Report on the Civil Veterinary Department, Eastern Bengal and Assam - 1907-1911
Year: 1907
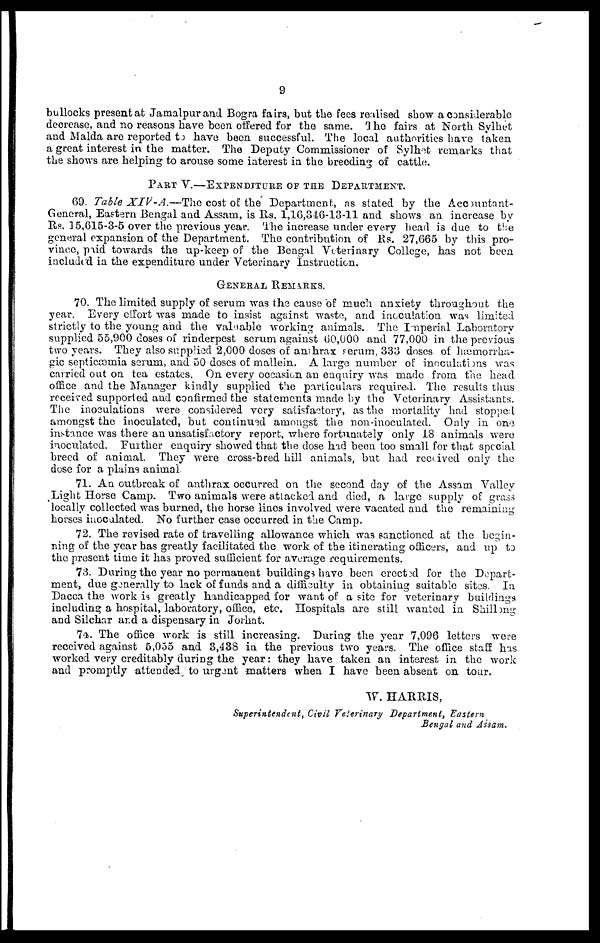
9
bullocks present at Jamalpur and Bogra fairs, but the fees realised show a considerable
decrease, and no reasons have been offered for the same. The fairs at North Sylhet
and Malda are reported to have been successful. The local authorities have taken
a great interest in. the matter. The Deputy Commissioner of Sylhet remarks that
the shows are helping to arouse some interest in the breeding of cattle.
PART V.—EXPENDITURE OF THE DEPARTMENT.
69. Table XIV-A.—The
cost of the Department, as stated by the Acountant-
General, Eastern Bengal and Assam, is Rs. 1,16,346-13-11 and shows an increase by
Its. 15,615-3-5 over the previous year. The increase under every head is due to the
general expansion of the Department. The contribution of Rs. 27,665 by this pro-
vince, paid towards the up-keep of the Bengal Veterinary College, has not been
included in the expenditure under Veterinary Instruction.
GENERAL REMARKS.
70. The limited supply of serum was the cause of much anxiety throughout the
year. Every offort was made to insist against waste, and inoculation was limited
strictly to the young and the valuable working animals. The Imperial Laboratory
supplied 55,900 doses of rinderpest serum against 60,000 and 77,000 in the previous
two years. They also supplied 2,000 doses of anthrax serum, 333 doses of hæmorrha-
gic septicæmia serum, and 50 doses of mallein. A largo number of inoculations was
carried out on tea estates. On every occasion an enquiry was made from the head
office and the Manager kindly supplied the particulars required. The results thus
received supported and confirmed the statements made by the Veterinary Assistants.
The inoculations were considered very satisfactory, as the mortality had stopped
amongst the inoculated, but continu3d amongst the non-inoculated. Only in one
instance was there an unsatisfactory report, where fortunately only 18 animals were
inoculated. Further enquiry showed that the dose had been too small for that special
breed of animal. They were cross-bred hill animals, but had received only the
dose for a plains animal
71. An outbreak of anthrax occurred on the second day of the Assam Valley
Light Horse Camp. Two animals were attacked and died, a large supply of grass
locally collected was burned, the horse lines involved were vacated and the remaining
horses inoculated. No further case occurred in the Camp.
72. The revised rate of travelling allowance which was sanctioned at the begin-
ning of the year has greatly facilitated the work of the itinerating officers, and up to
the present time it has proved sufficient for average requirements.
73. During the year no permanent buildings have been crected for the Depart-
ment, due generally to lack of funds and a difficulty in obtaining suitable sites. In
Dacca the work is greatly handicapped for want of a site for veterinary buildings
including a hospital, laboratory, office, etc. Hospitals are still wanted in Shillong
and Silchar and a dispensary in Jorhat.
74. The office work is still increasing. During the year 7,096 letters were
received against 5,055 and 3,438 in the previous two years. The office staff has
worked very creditably during the year: they have taken an interest in the work
and promptly attended to urgent matters when I have been absent on tour.
W. HARRIS,
Superintendent, Civil Veterinary Department, Eastern
Bengal and Assam.